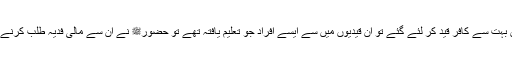
علم کے فروغ کے لیے سرکاردوعالمﷺ ایک ولولہ انگیز واقعہ ہے کہ غزوہ بدر میں بہت سے کافر قید کر لئے گئے تو ان قیدیوں میں سے ایسے افراد جو تعلیم یافتہ تھے تو حضورﷺ نے ان سے مالی فدیہ طلب کرنے کی بجائے یہ فرمایا کہ ان میں سے ہر فرد دس دس مسلمانوں کو تعلیم یافتہ بنائے ۔